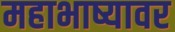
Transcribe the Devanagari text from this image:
महाभाष्यावर